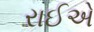
રાઈએ